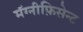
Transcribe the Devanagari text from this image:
मॅग्नीफ़िसेन्ट